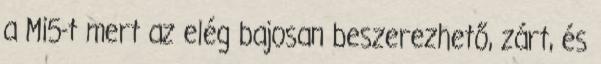
a Mi5-t mert az elég bajosan beszerezhető, zárt, és